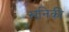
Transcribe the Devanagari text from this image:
खनिकी